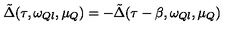
\tilde { \Delta } ( \tau , \omega _ { Q l } , \mu _ { Q } ) = - \tilde { \Delta } ( \tau - \beta , \omega _ { Q l } , \mu _ { Q } )